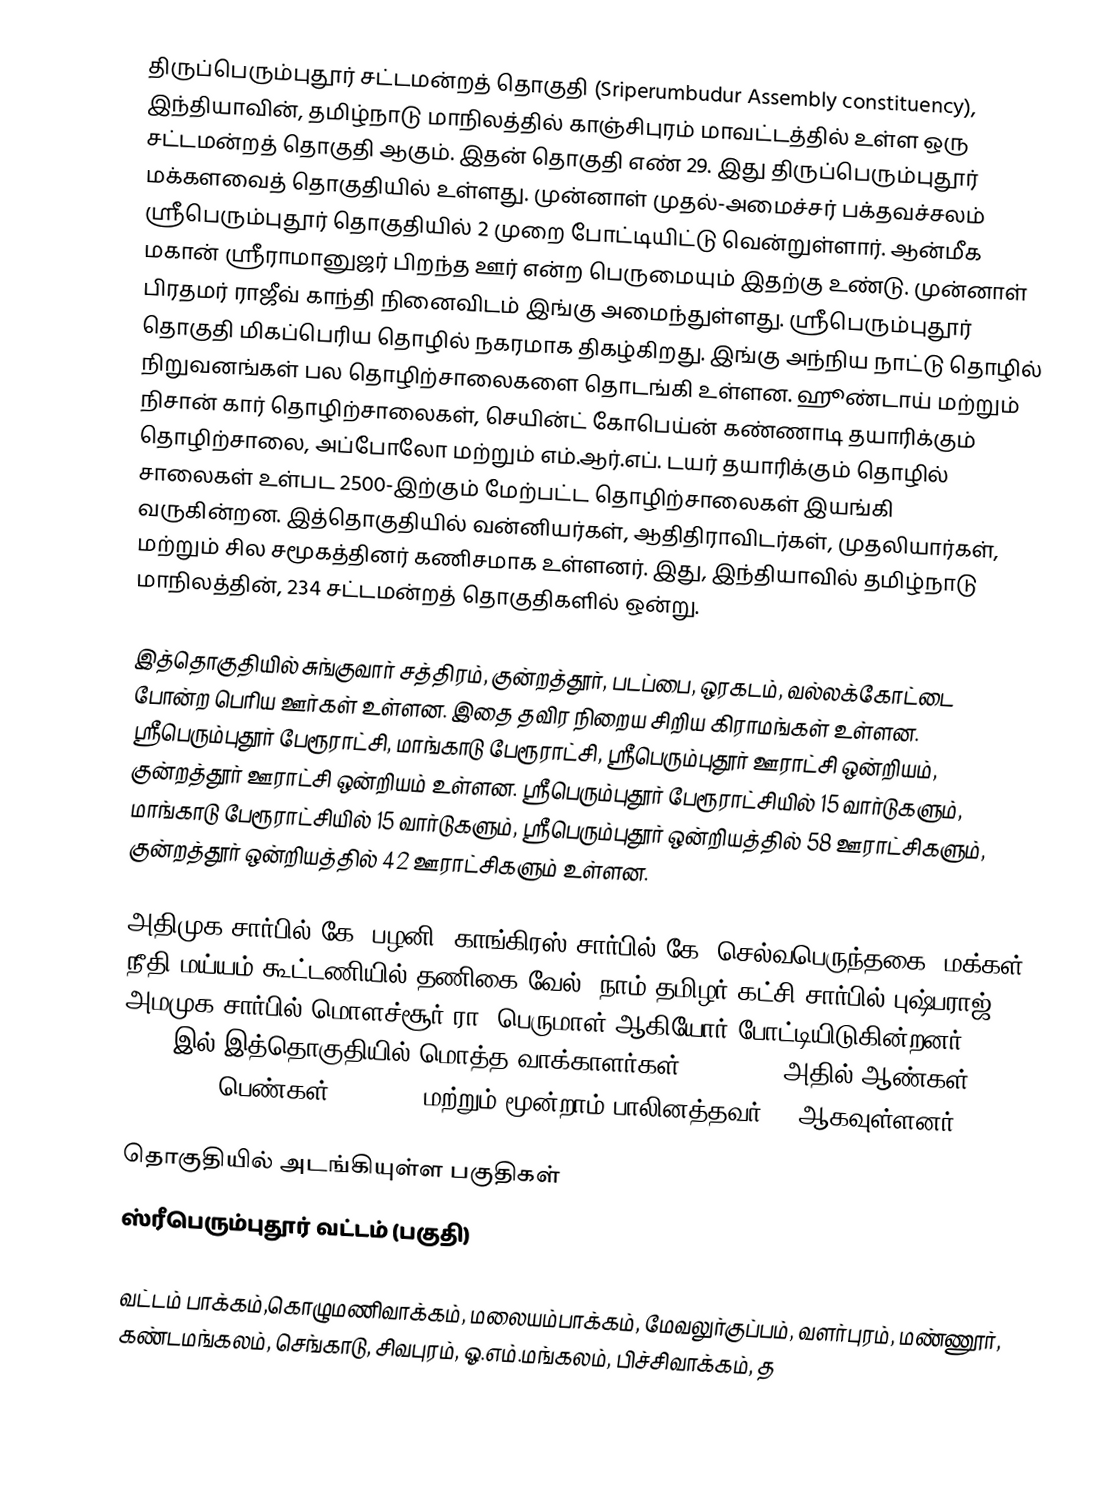
திருப்பெரும்புதூர் சட்டமன்றத் தொகுதி (Sriperumbudur Assembly constituency), இந்தியாவின், தமிழ்நாடு மாநிலத்தில்  காஞ்சிபுரம் மாவட்டத்தில் உள்ள ஒரு சட்டமன்றத் தொகுதி ஆகும். இதன் தொகுதி எண் 29. இது திருப்பெரும்புதூர் மக்களவைத் தொகுதியில் உள்ளது. முன்னாள் முதல்-அமைச்சர் பக்தவச்சலம் ஸ்ரீபெரும்புதூர் தொகுதியில் 2 முறை போட்டியிட்டு வென்றுள்ளார். ஆன்மீக மகான் ஸ்ரீராமானுஜர் பிறந்த ஊர் என்ற பெருமையும் இதற்கு உண்டு. முன்னாள் பிரதமர் ராஜீவ் காந்தி நினைவிடம் இங்கு அமைந்துள்ளது. ஸ்ரீபெரும்புதூர் தொகுதி மிகப்பெரிய தொழில் நகரமாக திகழ்கிறது. இங்கு அந்நிய நாட்டு தொழில் நிறுவனங்கள் பல தொழிற்சாலைகளை தொடங்கி உள்ளன. ஹூண்டாய் மற்றும் நிசான் கார் தொழிற்சாலைகள், செயின்ட் கோபெய்ன் கண்ணாடி தயாரிக்கும் தொழிற்சாலை, அப்போலோ மற்றும் எம்.ஆர்.எப். டயர் தயாரிக்கும் தொழில் சாலைகள் உள்பட 2500-இற்கும் மேற்பட்ட தொழிற்சாலைகள் இயங்கி வருகின்றன. இத்தொகுதியில் வன்னியர்கள், ஆதிதிராவிடர்கள், முதலியார்கள், மற்றும் சில சமூகத்தினர் கணிசமாக உள்ளனர். இது, இந்தியாவில் தமிழ்நாடு மாநிலத்தின், 234 சட்டமன்றத் தொகுதிகளில் ஒன்று.

இத்தொகுதியில் சுங்குவார் சத்திரம், குன்றத்தூர், படப்பை, ஒரகடம், வல்லக்கோட்டை போன்ற பெரிய ஊர்கள் உள்ளன. இதை தவிர நிறைய சிறிய கிராமங்கள் உள்ளன. ஸ்ரீபெரும்புதூர் பேரூராட்சி, மாங்காடு பேரூராட்சி, ஸ்ரீபெரும்புதூர் ஊராட்சி ஒன்றியம், குன்றத்தூர் ஊராட்சி ஒன்றியம் உள்ளன. ஸ்ரீபெரும்புதூர் பேரூராட்சியில் 15 வார்டுகளும், மாங்காடு பேரூராட்சியில் 15 வார்டுகளும், ஸ்ரீபெரும்புதூர் ஒன்றியத்தில் 58 ஊராட்சிகளும், குன்றத்தூர் ஒன்றியத்தில் 42 ஊராட்சிகளும் உள்ளன.

அதிமுக சார்பில் கே. பழனி, காங்கிரஸ் சார்பில் கே. செல்வபெருந்தகை, மக்கள் நீதி மய்யம் கூட்டணியில் தணிகை வேல், நாம் தமிழர் கட்சி சார்பில் புஷ்பராஜ், அமமுக சார்பில் மொளச்சூர் ரா. பெருமாள் ஆகியோர் போட்டியிடுகின்றனர் 2021-இல் இத்தொகுதியில் மொத்த வாக்காளர்கள்: 3,57,433 அதில் ஆண்கள் 1,74,186, பெண்கள் 1,83,194 மற்றும் மூன்றாம் பாலினத்தவர் 53 ஆகவுள்ளனர்.

தொகுதியில் அடங்கியுள்ள பகுதிகள்
 ஸ்ரீபெரும்புதூர் வட்டம் (பகுதி)

வட்டம் பாக்கம்,கொழுமணிவாக்கம், மலையம்பாக்கம், மேவலுர்குப்பம், வளர்புரம், மண்ணூர், கண்டமங்கலம், செங்காடு, சிவபுரம், ஓ.எம்.மங்கலம், பிச்சிவாக்கம், த